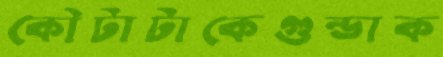
কৌটাটাকেগুন্ডাক